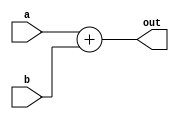
module summator(
input [31:0] a,
input [31:0] b,
output [31:0] out);

assign out = a + b;
endmodule